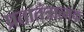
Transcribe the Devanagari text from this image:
प्रतातंत्रात्मक